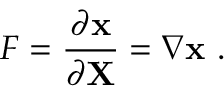
{ \boldsymbol { F } } = { \frac { \partial \mathbf { x } } { \partial \mathbf { X } } } = \nabla { \boldsymbol { \mathbf { x } } } ~ .